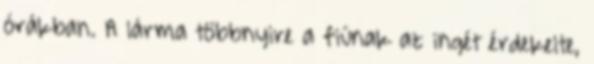
órákban. A lárma többnyire a fiúnak az ingét érdekelte,